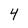
Character: 4